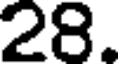
28.